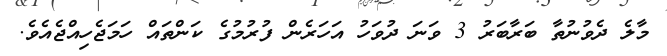
މާލެ ދެވުނުތާ ބަރާބަރު 3 ވަނަ ދުވަހު އަހަރެން ފުރުމުގެ ކަންތައް ހަމަޖެހިއްޖެއެވެ.